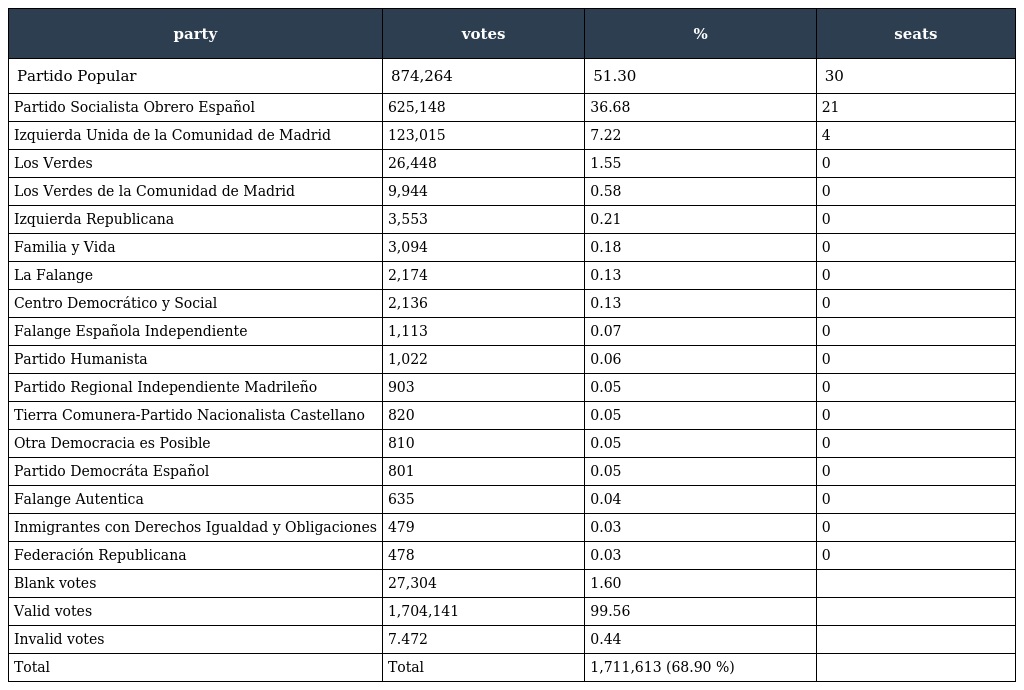
| party | votes | % | seats |
 | --- | --- | --- | --- |
 | Partido Popular | 874,264 | 51.30 | 30 |
 | Partido Socialista Obrero Español | 625,148 | 36.68 | 21 |
 | Izquierda Unida de la Comunidad de Madrid | 123,015 | 7.22 | 4 |
 | Los Verdes | 26,448 | 1.55 | 0 |
 | Los Verdes de la Comunidad de Madrid | 9,944 | 0.58 | 0 |
 | Izquierda Republicana | 3,553 | 0.21 | 0 |
 | Familia y Vida | 3,094 | 0.18 | 0 |
 | La Falange | 2,174 | 0.13 | 0 |
 | Centro Democrático y Social | 2,136 | 0.13 | 0 |
 | Falange Española Independiente | 1,113 | 0.07 | 0 |
 | Partido Humanista | 1,022 | 0.06 | 0 |
 | Partido Regional Independiente Madrileño | 903 | 0.05 | 0 |
 | Tierra Comunera-Partido Nacionalista Castellano | 820 | 0.05 | 0 |
 | Otra Democracia es Posible | 810 | 0.05 | 0 |
 | Partido Democráta Español | 801 | 0.05 | 0 |
 | Falange Autentica | 635 | 0.04 | 0 |
 | Inmigrantes con Derechos Igualdad y Obligaciones | 479 | 0.03 | 0 |
 | Federación Republicana | 478 | 0.03 | 0 |
 | Blank votes | 27,304 | 1.60 |  |
 | Valid votes | 1,704,141 | 99.56 |  |
 | Invalid votes | 7.472 | 0.44 |  |
 | Total | Total | 1,711,613 (68.90 %) |  |